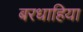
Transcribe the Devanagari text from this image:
बरधाहिया